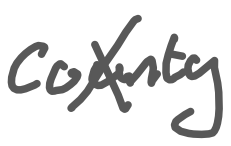
Text: county
Cross-out: cross
Writing tool: digital_gray